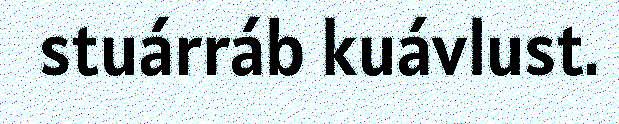
stuárráb kuávlust.